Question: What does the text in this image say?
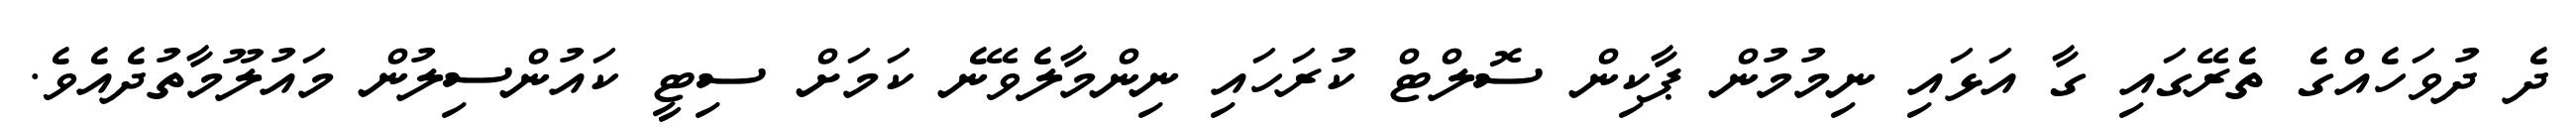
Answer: ދެ ދުވަހެއްގެ ތެރޭގައި ގާ އަޅައި ނިމުމުން ޕާކިން ސޮލްޓް ކުރަހައި ނިންމާލެވޭނެ ކަމަށް ސިޓީ ކައުންސިލުން މައުލޫމާތުދެއެވެ.